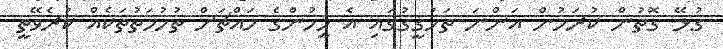
ގުޅޭ ގޮތުން ކުރަމުން އަންނަ ތަހުގީގުގައި އެ މީހުންގެ މައްޗަށް ތުހުމަތުތަކެއް ކުރެވޭތީ